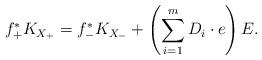
LaTeX: \begin{align*}f_+^*K_{X_+}=f_-^*K_{X_-}+\left(\sum_{i=1}^m D_i\cdot e\right)E.\end{align*}